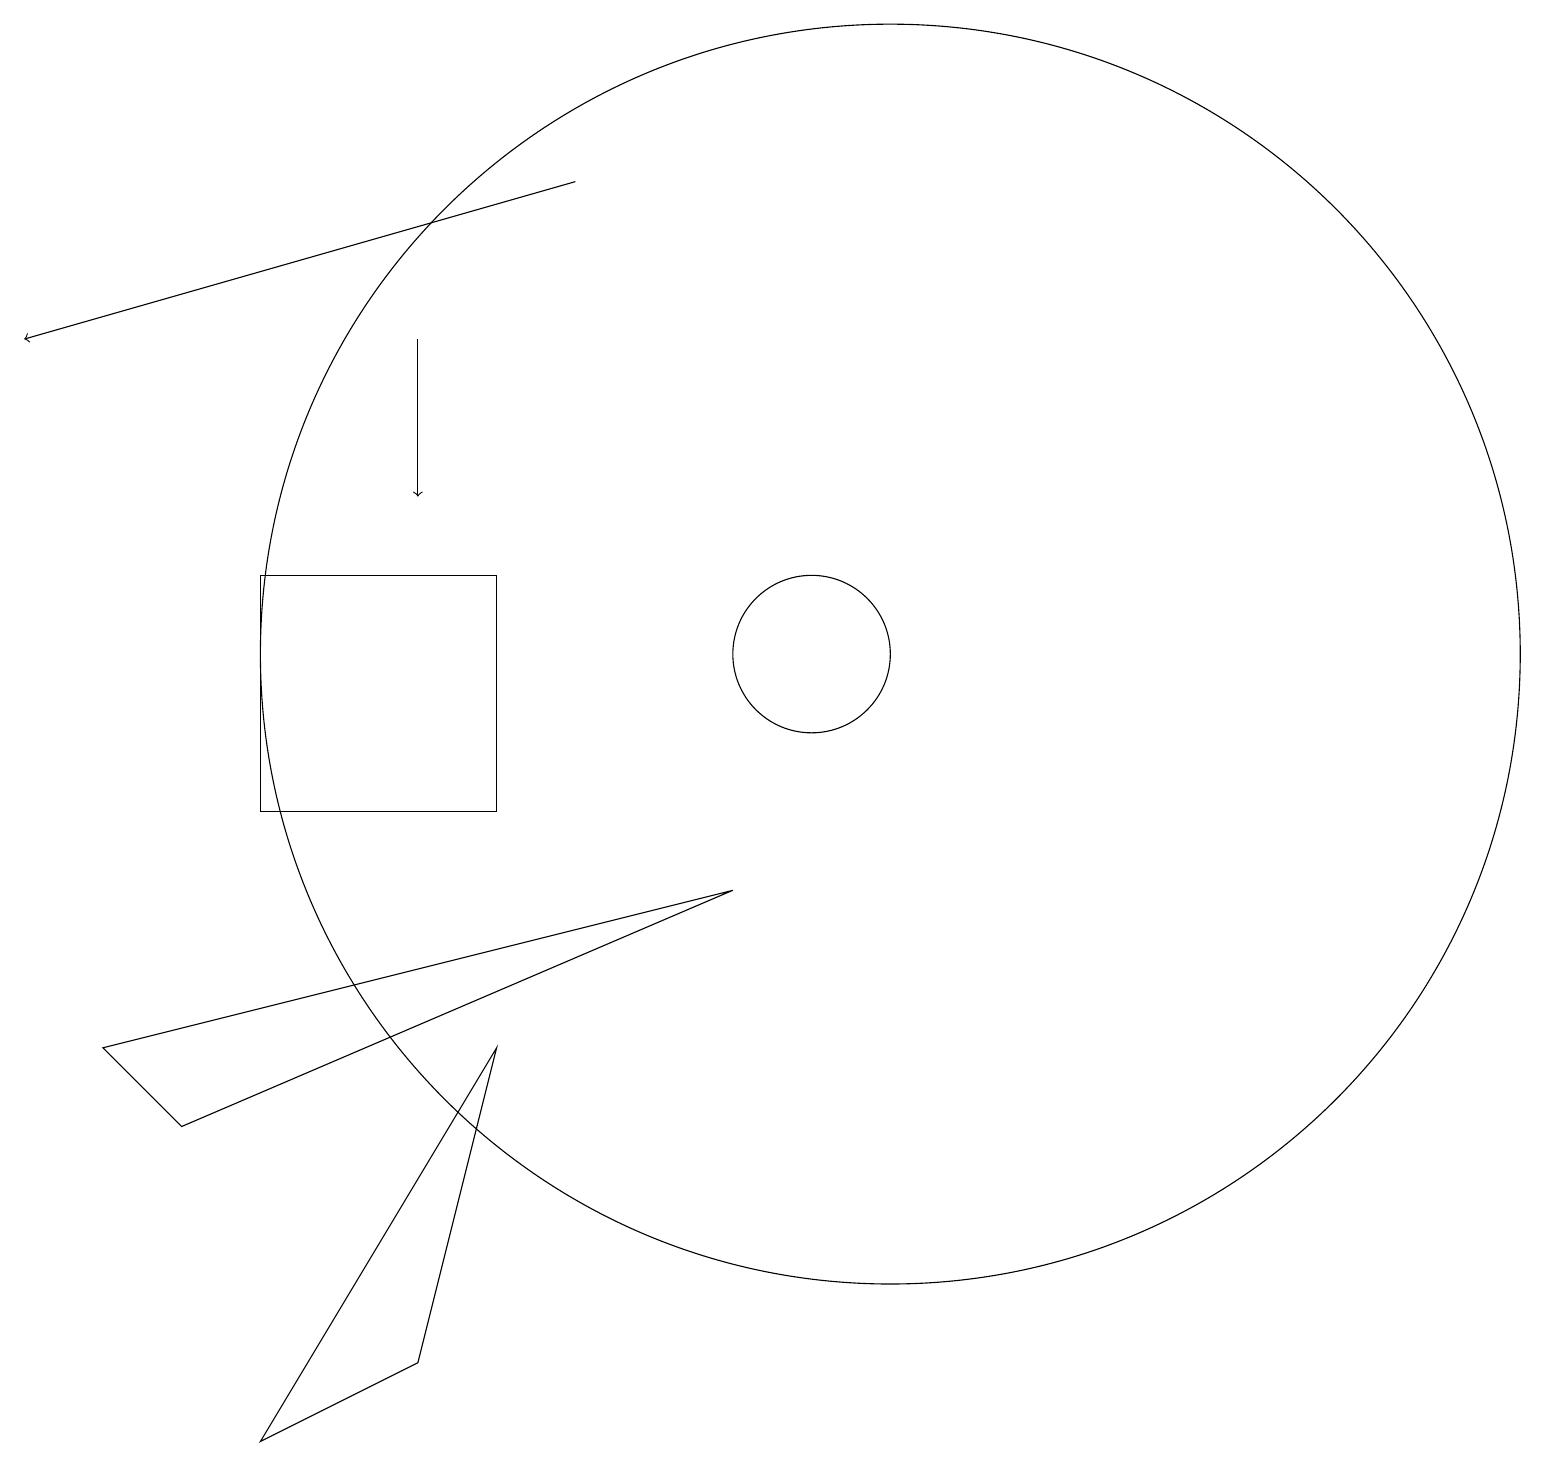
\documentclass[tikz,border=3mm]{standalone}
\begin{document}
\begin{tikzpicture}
\draw[->] (7,18) -- (0,16);
\draw[->] (5,16) -- (5,14);
\draw (11,12) circle (8);
\draw (3,2) -- (6,7) -- (5,3) -- cycle;
\draw (9,9) -- (1,7) -- (2,6) -- cycle;
\draw (6,10) rectangle (3,13);
\draw (10,12) circle (1);
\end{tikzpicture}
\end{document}